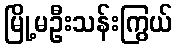
မြို့မဦးသန်းကြွယ်